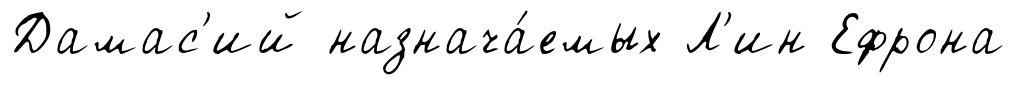
Дамас'ий назнача́емых Л'ин Ефрона